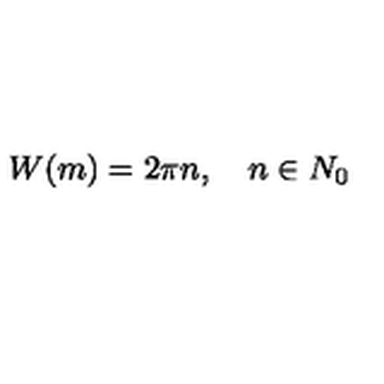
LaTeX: W ( m ) = 2 \pi n , \quad n \in N _ { 0 }